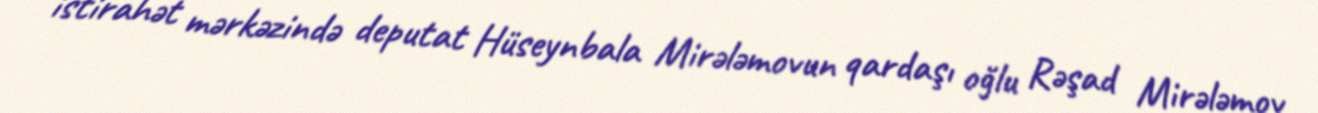
istirahət mərkəzində deputat Hüseynbala Mirələmovun qardaşı oğlu Rəşad Mirələmov